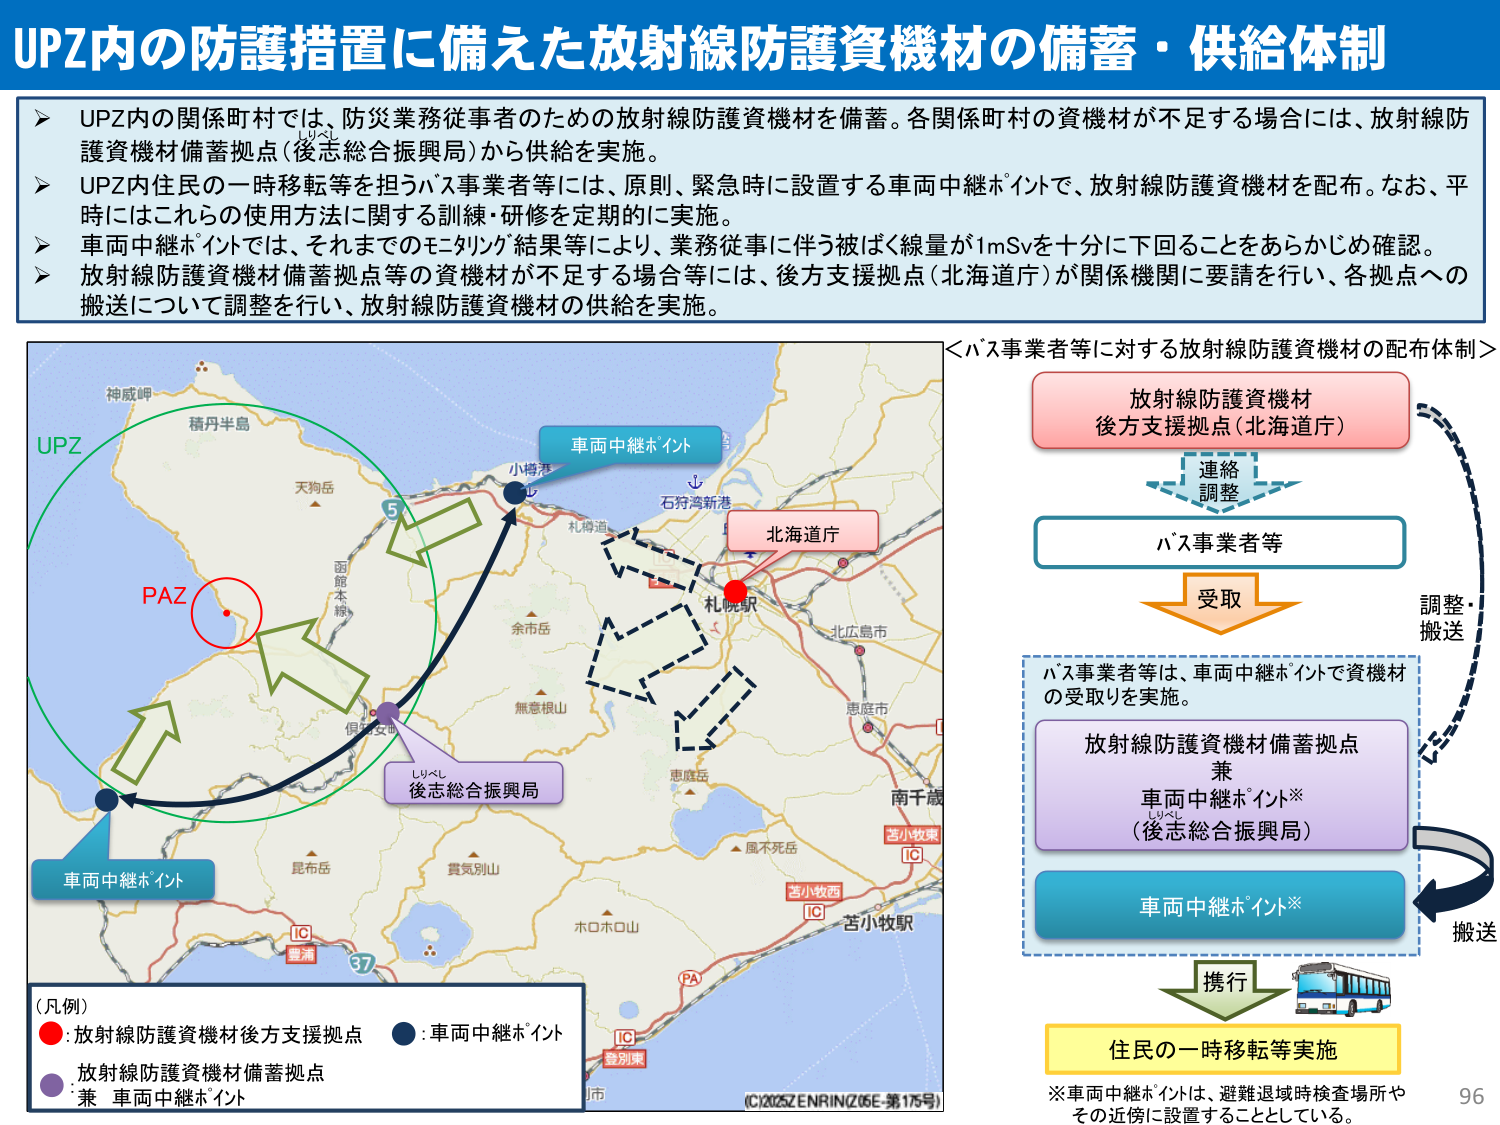
UPZ内の防護措置に備えた放射線防護資機材の備蓄・供給体制

▶ UPZ内の関係町村では、防災業務従事者のための放射線防護資機材を備蓄。各関係町村の資機材が不足する場合には、放射線防護資機材備蓄拠点（後志総合振興局）から供給を実施。
▶ UPZ内住民の一時移転等を担うバス事業者等には、原則、緊急時に設置する車両中継ポイントで、放射線防護資機材を配布。なお、平時にはこれらの使用方法に関する訓練・研修を定期的に実施。
▶ 車両中継ポイントでは、それまでのモニタリング結果等により、業務従事に伴う被ばく線量が1mSvを十分に下回ることをあらかじめ確認。
▶ 放射線防護資機材備蓄拠点等の資機材が不足する場合等には、後方支援拠点（北海道庁）が関係機関に要請を行い、各拠点への搬送について調整を行い、放射線防護資機材の供給を実施。

＜バス事業者等に対する放射線防護資機材の配布体制＞
放射線防護資機材
後方支援拠点（北海道庁）
連絡
調整
バス事業者等
受取
調整・
搬送
バス事業者等は、車両中継ポイントで資機材の受取りを実施。
放射線防護資機材備蓄拠点
兼
車両中継ポイント※
（後志総合振興局）
車両中継ポイント※
搬送
携行
住民の一時移転等実施
※車両中継ポイントは、避難退域時検査場所やその近傍に設置することとしている。

（凡例）
●：放射線防護資機材後方支援拠点
●：車両中継ポイント
●：放射線防護資機材備蓄拠点
兼 車両中継ポイント

UPZ
PAZ
車両中継ポイント
車両中継ポイント
後志総合振興局
北海道庁
札幌駅
小樽港
石狩湾新港
余市岳
無意根山
恵庭市
北広島市
南千歳
苫小牧東IC
苫小牧西IC
苫小牧駅
登別東IC
風不死岳
ホロホロ山
貫気別山
昆布岳
倶知安町
天狗岳
神威岬
積丹半島
函館本線
5
37
豊浦IC
PA
（C）2025ZENRIN（Z05E-第175号）
96